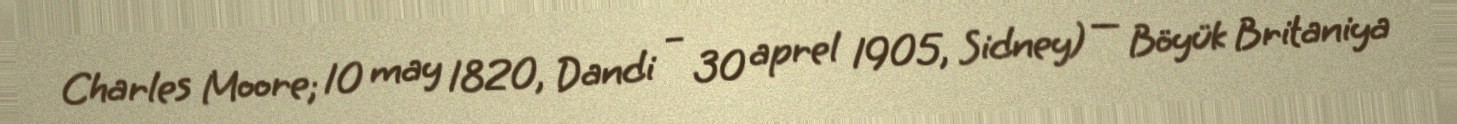
Charles Moore; 10 may 1820, Dandi – 30 aprel 1905, Sidney) — Böyük Britaniya